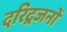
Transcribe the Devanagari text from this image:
दरिद्रजनों